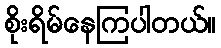
စိုးရိမ်နေကြပါတယ်။